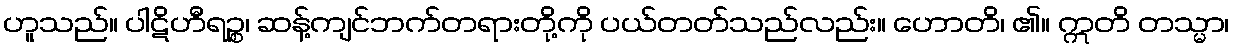
ဟူသည်။ ပါဋိဟီရဉ္စ၊ ဆန့်ကျင်ဘက်တရားတို့ကို ပယ်တတ်သည်လည်း။ ဟောတိ၊ ၏။ ဣတိ တသ္မာ၊